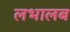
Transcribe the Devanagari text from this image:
लभालब